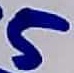
Text: 5